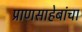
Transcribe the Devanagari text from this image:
प्राणसाहेबांचा